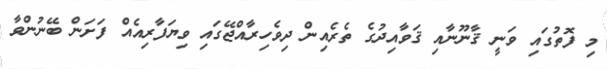
މި ފޮތުގައި ވަނީ ޤާނޫނާއި ޤަވާއިދުގެ ތެރެއިން ދިވެހިރާއްޖޭގައި ވިޔަފާރިއެއް ފަށަން ބޭނުންވާ